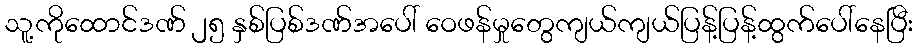
သူ့ကိုထောင်ဒဏ် ၂၅ နှစ်ပြစ်ဒဏ်အပေါ် ဝေဖန်မှုတွေကျယ်ကျယ်ပြန့်ပြန့်ထွက်ပေါ်နေပြီး